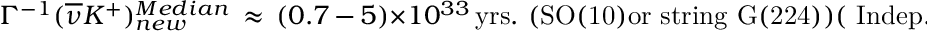
\Gamma ^ { - 1 } ( \overline { { { \nu } } } K ^ { + } ) _ { n e w } ^ { M e d i a n } \, \approx \, ( 0 . 7 \, \mathrm { - } \, 5 ) \times 1 0 ^ { 3 3 } \, \mathrm { y r s . } \, \, \mathrm { ( S O ( 1 0 ) o r ~ s t r i n g ~ G ( 2 2 4 ) ) } ( \mathrm { ~ I n d e p . ~ o f ~ } \tan \beta ) .